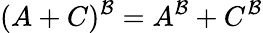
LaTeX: (A+C)^{\mathcal{B}}=A^{\mathcal{B}}+C^{\mathcal{B}}